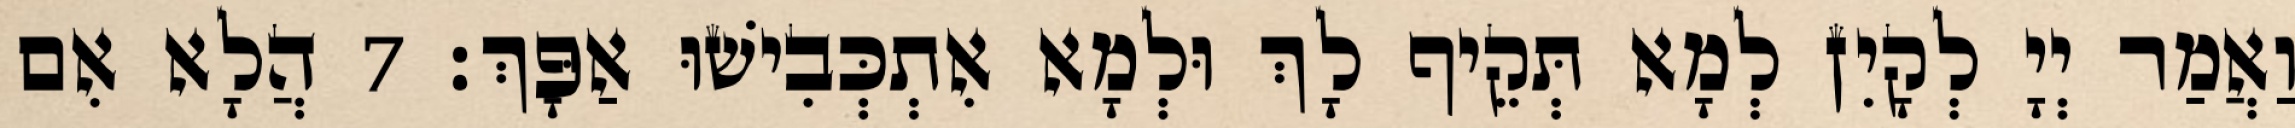
וַאֲמַר יְיָ לְקָיִן לְמָא תְּקֵיף לָךְ וּלְמָא אִתְכְּבִישׁוּ אַפָּךְ׃ 7 הֲלָא אִם